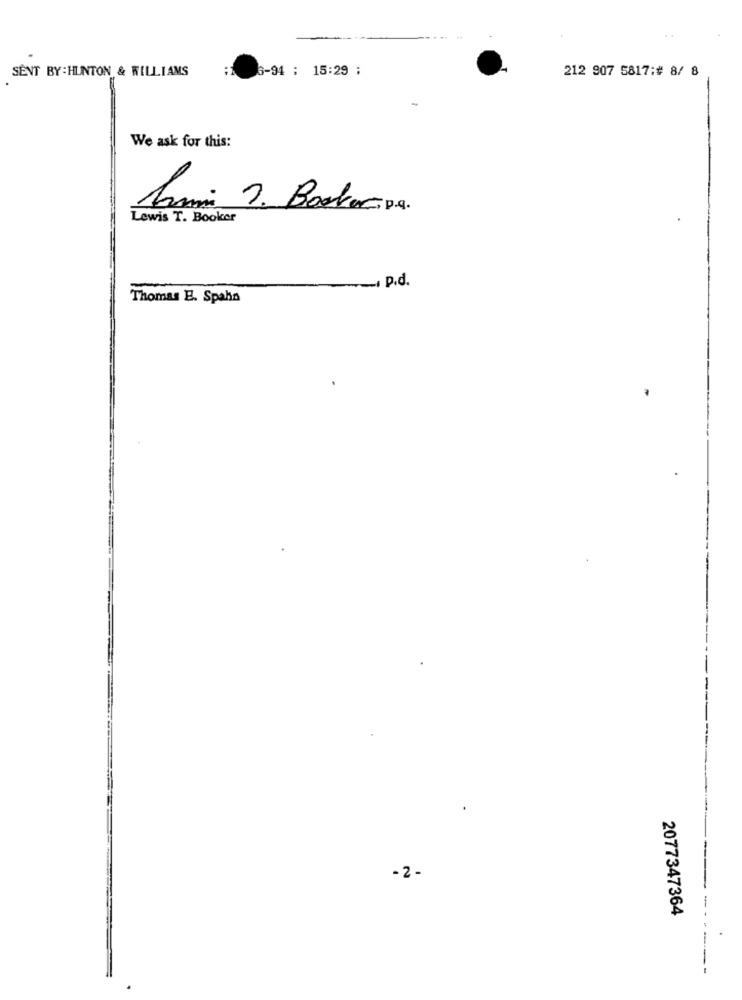
SENT BY:HUNTON & WILLIAMS
6-94 : 15:29 :
212 907 5817:# 8/ 8
We ask for this:
Armi 7. Bockacipa.
Lewis T. Booker
- p.d.
Thomas E. Spahn
- 2 -
2077347364